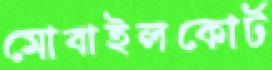
মোবাইলকোর্ট